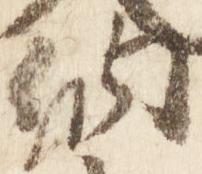
納